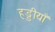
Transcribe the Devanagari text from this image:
हड्डीयाँ